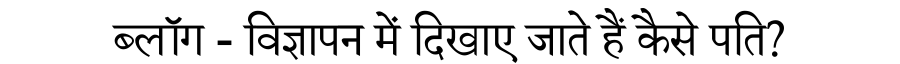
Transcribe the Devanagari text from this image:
ब्लॉग - विज्ञापन में दिखाए जाते हैं कैसे पति?